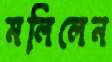
মলিলেন